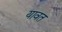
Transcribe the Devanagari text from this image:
यावत